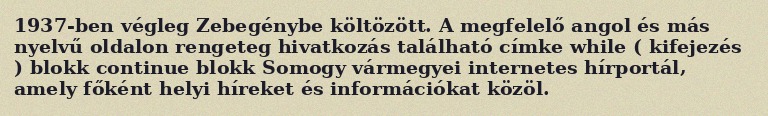
1937-ben végleg Zebegénybe költözött. A megfelelő angol és más nyelvű oldalon rengeteg hivatkozás található címke while ( kifejezés ) blokk continue blokk Somogy vármegyei internetes hírportál, amely főként helyi híreket és információkat közöl.